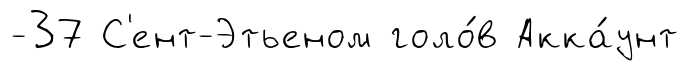
-37 С'ент-Этьеном голо́в Акка́унт